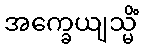
အက္ခေယျသ္မိံ